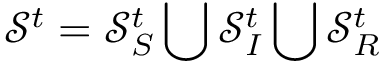
\mathcal { S } ^ { t } = \mathcal { S } _ { S } ^ { t } \bigcup \mathcal { S } _ { I } ^ { t } \bigcup \mathcal { S } _ { R } ^ { t }